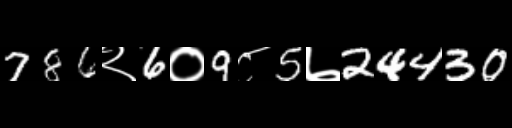
Text: 786२6०9८5७24430